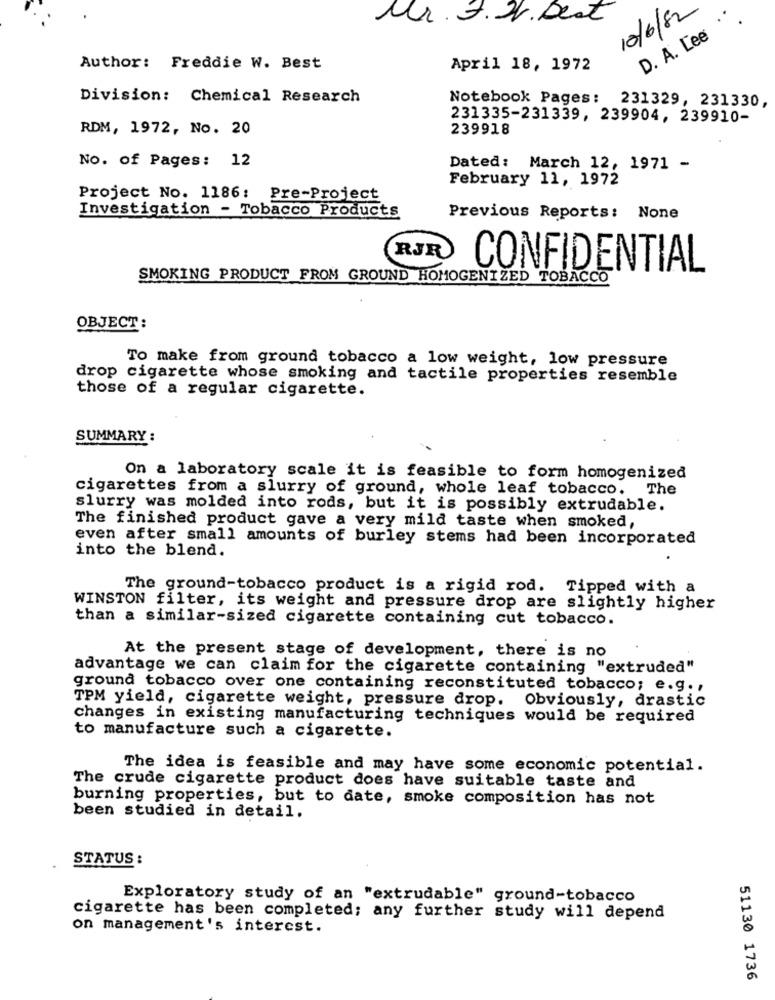
Mr. J.VV. Dest
10/6/82
D. A. Lee
Author: Freddie W. Best
April 18, 1972
Division: Chemical Research
Notebook Pages: 231329, 231330,
231335-231339, 239904, 239910-
RDM, 1972, No. 20
239918
No. of Pages: 12
Dated: March 12, 1971 -
February 11, 1972
Project No. 1186: Pre-Project
Investigation - Tobacco Products
Previous Reports: None
RJR
CONFIDENTIAL
SMOKING PRODUCT FROM GROUND HOMOGENIZED TOBACCO
OBJECT:
To make from ground tobacco a low weight, low pressure
drop cigarette whose smoking and tactile properties resemble
those of a regular cigarette.
SUMMARY :
On a laboratory scale it is feasible to form homogenized
cigarettes from a slurry of ground, whole leaf tobacco. The
slurry was molded into rods, but it is possibly extrudable.
The finished product gave a very mild taste when smoked,
even after small amounts of burley stems had been incorporated
into the blend.
The ground-tobacco product is a rigid rod. Tipped with a
WINSTON filter, its weight and pressure drop are slightly higher
than a similar-sized cigarette containing cut tobacco.
At the present stage of development, there is no
advantage we can claim for the cigarette containing "extruded"
ground tobacco over one containing reconstituted tobacco; e.g .,
TPM yield, cigarette weight, pressure drop. Obviously, drastic
changes in existing manufacturing techniques would be required
to manufacture such a cigarette.
The idea is feasible and may have some economic potential.
The crude cigarette product does have suitable taste and
burning properties, but to date, smoke composition has not
been studied in detail.
STATUS :
Exploratory study of an "extrudable" ground-tobacco
cigarette has been completed; any further study will depend
on management's interest.
51130 1736